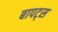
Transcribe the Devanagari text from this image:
बापट्स